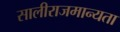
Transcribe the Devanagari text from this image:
सालीराजमान्यता